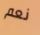
نعم